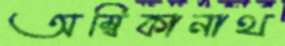
অম্বিকানাথ